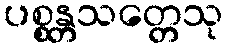
ပစ္စန္တသတ္တေသု